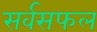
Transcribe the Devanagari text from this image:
सर्वसफल